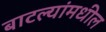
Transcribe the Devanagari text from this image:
बाटल्यांमधील